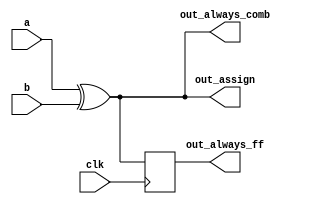
//In a combinational always block, use blocking assignments. 
//In a clocked always block, use non-blocking assignments.
module top_module(
    input a, b, clk,
    output wire out_assign,
    output reg out_always_comb,
    output reg out_always_ff
);
    assign out_assign = a ^ b;

    always@(*)
    begin
        out_always_comb = a ^ b;
    end
    
    //
    always@(posedge clk)
    begin
        out_always_ff = a ^ b;
    end

endmodule